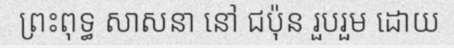
ព្រះពុទ្ធ សាសនា នៅ ជប៉ុន រួបរួម ដោយ